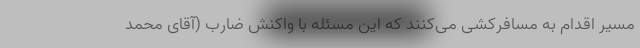
مسیر اقدام به مسافرکشی می‌کنند که این مسئله با واکنش ضارب (آقای محمد